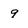
Character: 9